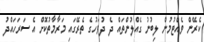
ކެރޭން ވެއްޓުމުން ލިބުނު ގެއްލުންތައް ދެ ދުވަހުގެ ތެރޭގައި މަރާމާތުކޮށް އެ ސަރަހައްދު